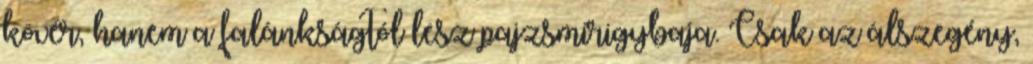
kövér, hanem a falánkságtól lesz pajzsmirigybaja. Csak az álszegény,